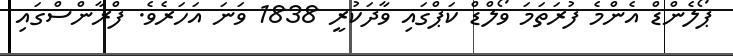
ޕޯލެންޑް އެންމެ ފުރަތަމަ ވޯލްޑް ކަޕްގައި ވާދަކުރީ 1838 ވަނަ އަހަރެވެ. ފްރާންސްގައި